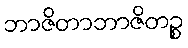
ဘာဇိတာဘာဇိတဉ္စ